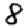
Digit: 8